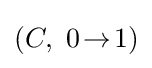
(C,~0\!\rightarrow \!1)